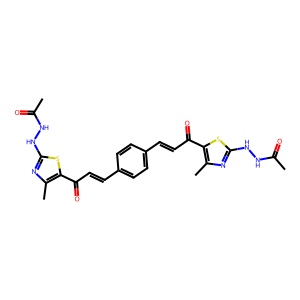
SMILES: CC(=O)NNc1nc(C)c(C(=O)C=Cc2ccc(C=CC(=O)c3sc(NNC(C)=O)nc3C)cc2)s1
Inhibits HIV replication: No